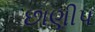
છાણીપ